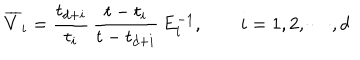
\overline { { { V } } } _ { i } = { \frac { t _ { d + i } } { t _ { i } } } \, { \frac { t - t _ { i } } { t - t _ { d + i } } } \, E _ { i } ^ { - 1 } , \qquad i = 1 , 2 , \cdots , d